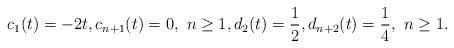
LaTeX: \begin{align*} c_1(t) = -2t, c_{n+1}(t)= 0, \ n \geq 1, d_2(t) = \frac{1}{2}, d_{n+2}(t) = \frac{1}{4}, \ n \geq 1.\end{align*}